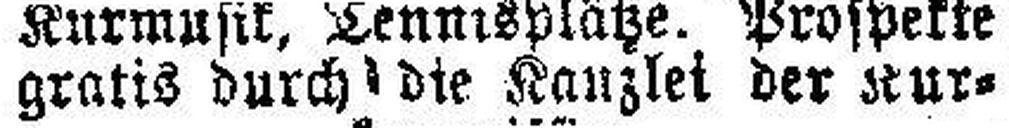
gratis durch die Kanzlei der Kur¬